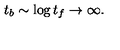
t _ { b } \sim \log t _ { f } \rightarrow \infty .